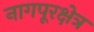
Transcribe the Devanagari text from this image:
नागपूरक्षेत्र